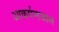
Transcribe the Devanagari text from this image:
आकर्षणजाल